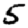
Digit: 5